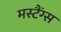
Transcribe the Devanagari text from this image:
मस्टैंग्स